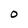
Character: 0